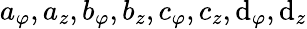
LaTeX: a_{\varphi},a_{z},b_{\varphi},b_{z},c_{\varphi},c_{z},\mathrm{d}_{\varphi},\mathrm{d}_{z}